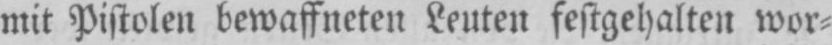
mit Pistolen bewaffneten Leuten festgehalten wor⸗